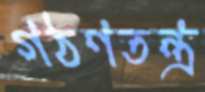
গঠণতন্ত্র